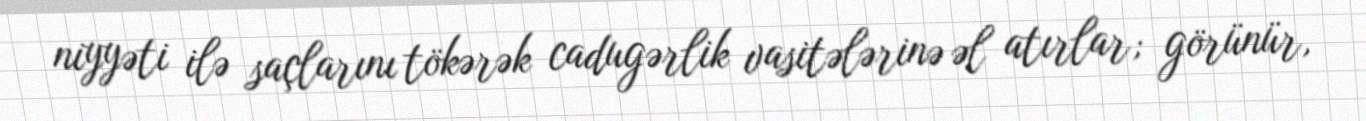
niyyəti ilə saçlarını tökərək cadugərlik vasitələrinə əl atırlar; görünür,